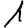
Digit: 1